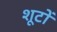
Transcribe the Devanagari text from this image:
शूटों